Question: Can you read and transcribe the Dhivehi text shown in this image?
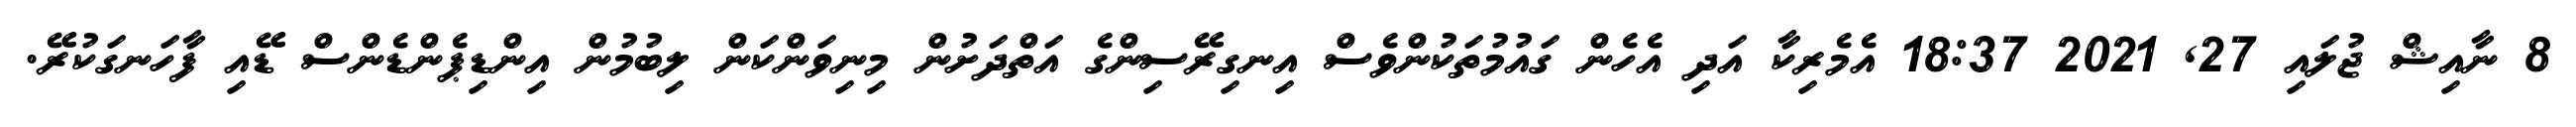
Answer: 8 ނާއިޝް ޖުލައި 27, 2021 18:37 އެމެރިކާ އަދި އެހެން ގައުމުތަކުންވެސް އިނގިރޭސިންގެ އަތްދަށުން މިނިވަންކަން ލިބުމުން އިންޑިޕެންޑެންސް ޑޭއި ފާހަނގަކުރޭ.